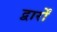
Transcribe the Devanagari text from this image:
द्वार्रों